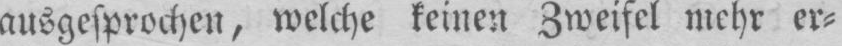
ausgesprochen, welche keinen Zweifel mehr er⸗